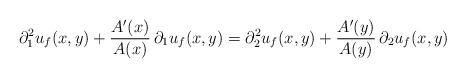
LaTeX: \begin{align*}\partial_1^2 u_f(x,y)+\frac{A'(x)}{A(x)}\,\partial_1 u_f(x,y)=\partial_2^2 u_f(x,y)+\frac{A'(y)}{A(y)}\,\partial_2 u_f(x,y)\end{align*}